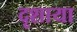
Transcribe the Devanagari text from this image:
दृशाया